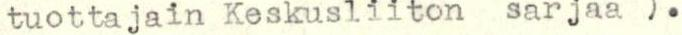
tuottajain Keskusliiton sarjaa ).